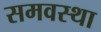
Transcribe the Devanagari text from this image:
समवस्था